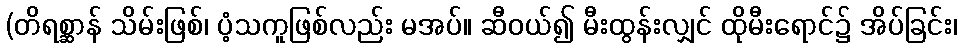
(တိရစ္ဆာန် သိမ်းဖြစ်၊ ပံ့သကူဖြစ်လည်း မအပ်။ ဆီဝယ်၍ မီးထွန်းလျှင် ထိုမီးရောင်၌ အိပ်ခြင်း၊